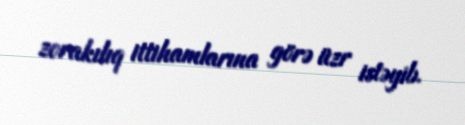
zorakılıq ittihamlarına görə üzr istəyib.